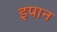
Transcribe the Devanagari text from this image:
इपान